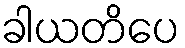
ခါယတိပေ